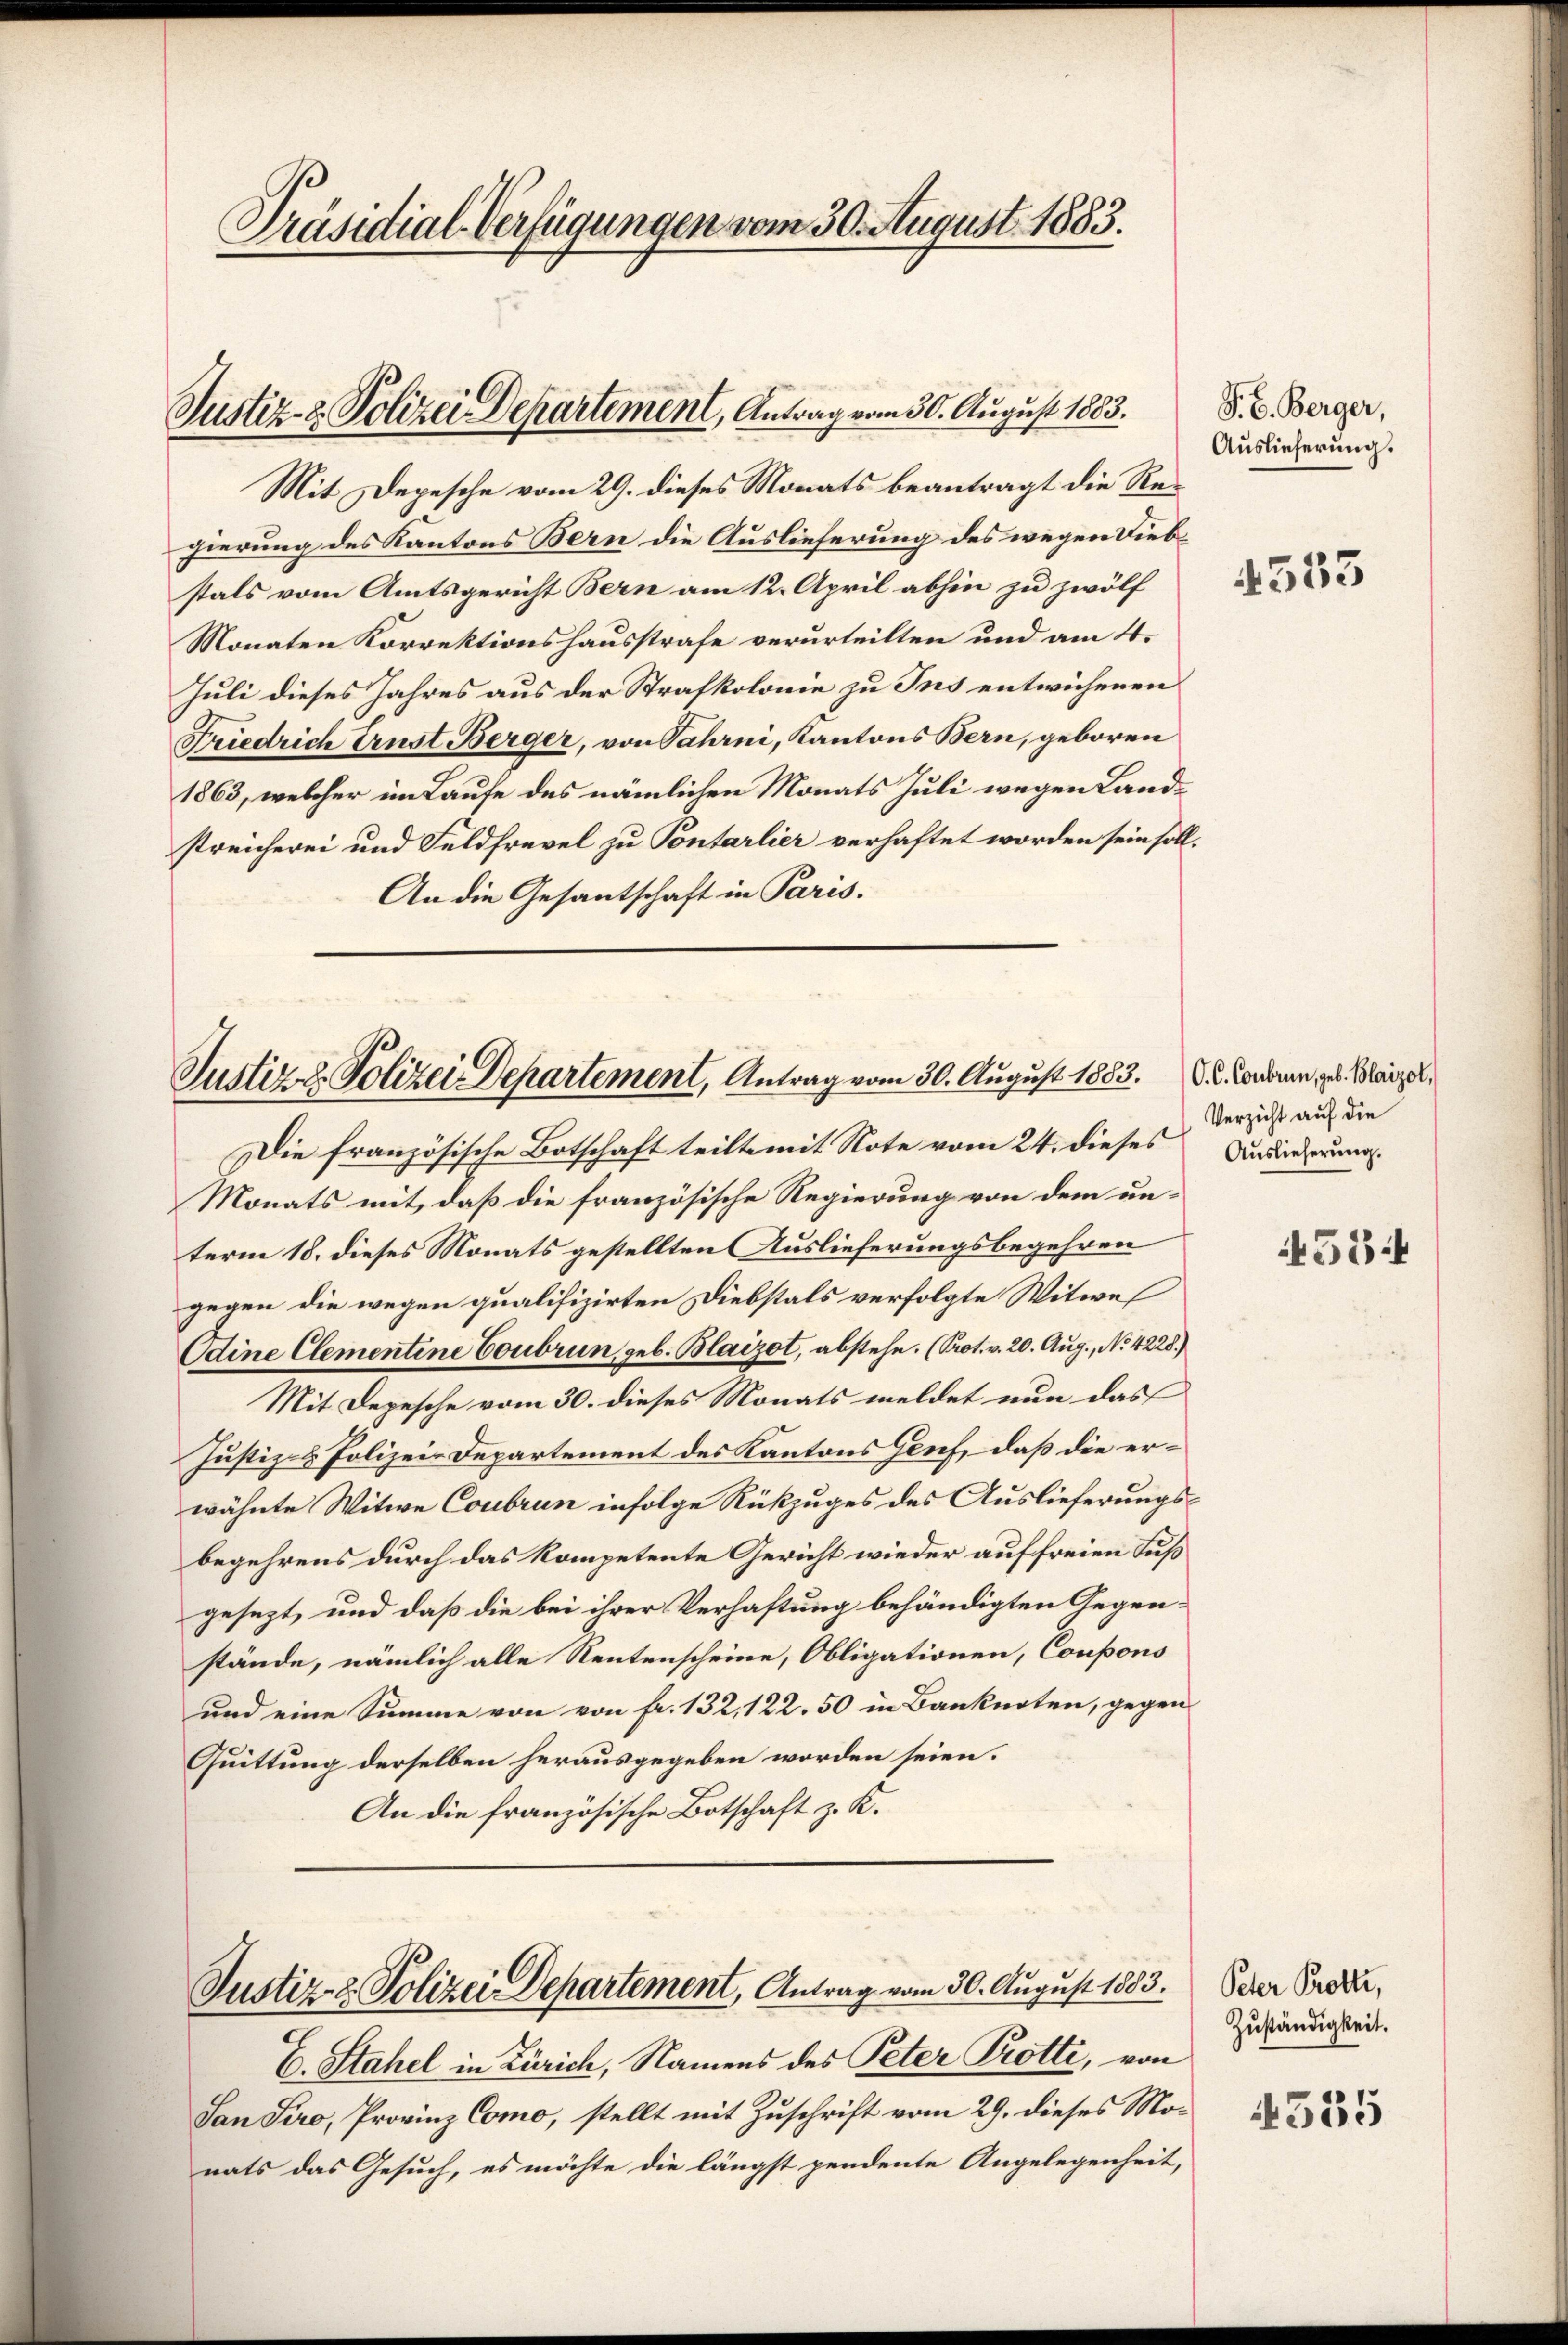
Präsidial-Verfügungen vom 30. August 1883.

Justiz- & Polizei Departement, Antrag vom 30. August 1883.

Mit Depesche vom 29. dieses Monats beantragt die Regierung des Kantons Bern die Auslieferung des wegen Diebstals vom Amtsgericht Bern am 12. April abhin zu zwölf
Monaten Korrektionshausstrafe verurteilten und am 4.
Juli dieses Jahres aus der Strafkolonie zu Ins entwichenen
Friedrich Ernst Berger, von Jahrni, Kantons Bern, geboren
1863, welcher im Laufe des nämlichen Monats Juli wegen Landstreicherei und Feldfrevel zu Pontarlier verhaftet worden sein soll.
An die Gesantschaft in Paris.

Justiz & Polizei-Departement, Antrag vom 30. August 1883. D. R. Honoran geb. Barzel,

Die französische Botschaft teilte mit Note vom 24. dieses
Monats mit, daß die französische Regierung von dem unterm 18. dieses Monats gestellten Auslieferungsbegehren
gegen die wegen qualifizirten Diebstals verfolgte Witwel
Odine Clementine Coubrun, geb. Blaizot, abstehe. (Prot. v. 20. Aug., No 4228.)
Mit Depesche vom 30. dieses Monats meldet nun das
Justiz- & Polizei-Departement des Kantons Gruf, daß die erwähnte Witwe Coubrun infolge Rückzuges des Auslieferungsbegehrens durch das kompetente Gericht wieder auf freien Fuß
gesezt, und daß die bei ihrer Verhaftung behändigten Gegenstände, nämlich alle Rentenscheine, Obligationen, Coupons
und eine Summe von von fr. 132, 122. 50 in Banknoten, gegen
Quittung derselben herausgegeben worden seien.
An die französische Botschaft z. K.

Justiz- & Polizei Departement, Antrag vom 30. August 1883.

E. Stahel in Zürich, Namens des Peter Trotti, von
San Sero, Provinz Como, stellt mit Zuschrift vom 29. dieses Mo-
nats das Gesuch, es möchte die längst pendente Angelegenheit,

P. C. Berger,
Auslieferung.

4553

Verzicht auf die
Auslieferung.

554

Peter Protte,
Zuständigkeit.

4555